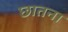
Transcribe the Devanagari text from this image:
छातना